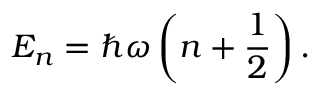
E _ { n } = \hbar \omega \left( n + { \frac { 1 } { 2 } } \right) .